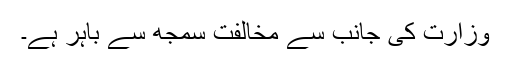
وزارت کی جانب سے مخالفت سمجھ سے باہر ہے۔